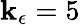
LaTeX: \mathbf{k}_{\epsilon}=5